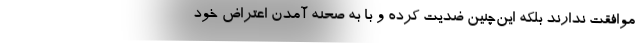
موافقت ندارند بلکه این‌چنین ضدیت کرده و با به صحنه آمدن اعتراض خود